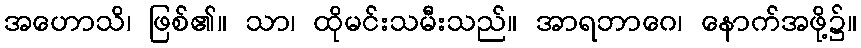
အဟောသိ၊ ဖြစ်၏။ သာ၊ ထိုမင်းသမီးသည်။ အာရဘာဂေ၊ နောက်အဖို့၌။